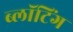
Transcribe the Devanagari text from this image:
ब्लॉटिंग